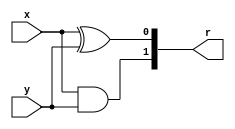
`timescale 1ns / 1ps

module HA(
    input x,
    input y,
    output [1:0]r
    );
    assign r[0] = x^y;
    assign r[1] = x&y;
endmodule